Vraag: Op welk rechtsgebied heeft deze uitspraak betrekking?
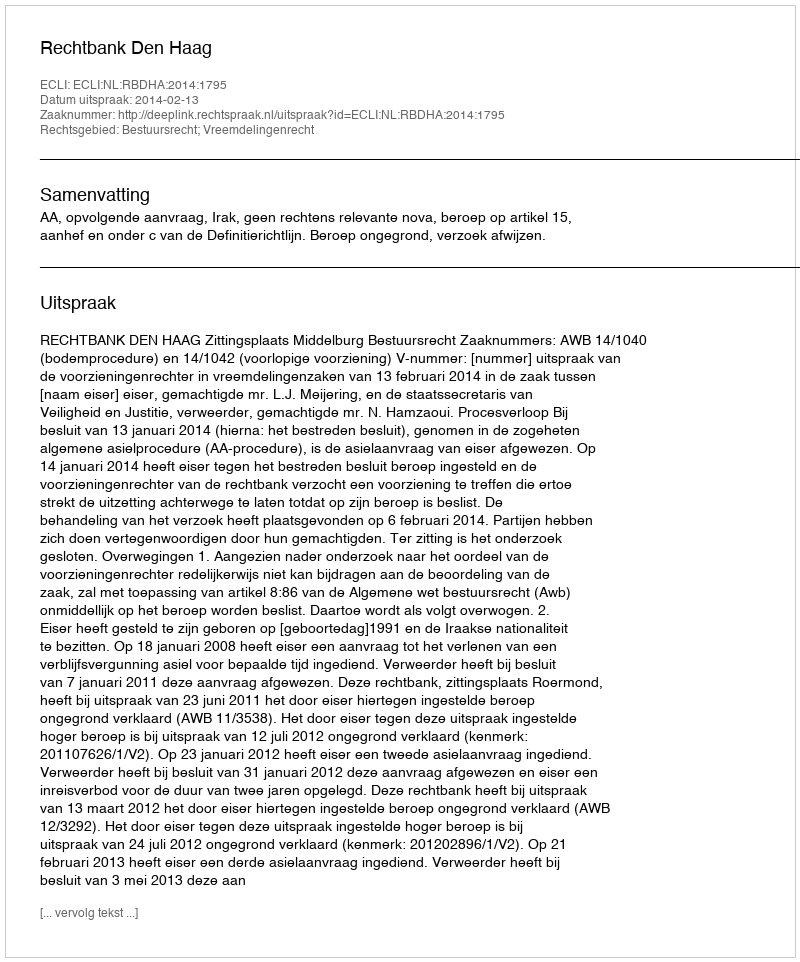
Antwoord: Bestuursrecht; Vreemdelingenrecht